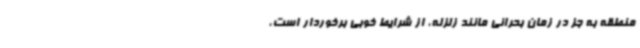
منطقه به جز در زمان بحرانی مانند زلزله، از شرایط خوبی برخوردار است،